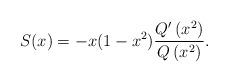
LaTeX: \begin{align*}S(x)=-x(1-x^2)\frac{Q'\left(x^2\right)}{Q\left(x^2\right)}. \end{align*}